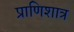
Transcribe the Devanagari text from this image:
प्राणिशात्र